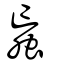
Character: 蝱